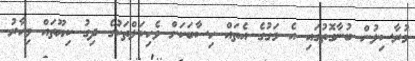
މުރާސިލުން ބުނާގޮތުގައި އެ މަގުގެ އެތައް ހިސާބަކަށް ވެހިކަލްތަކުގެ ދިގު ކިޔޫތައް މިހާރު